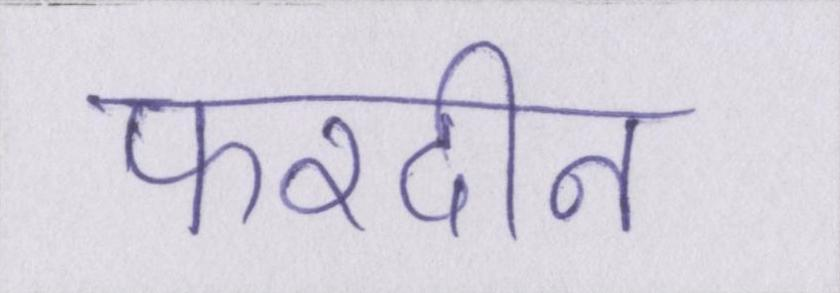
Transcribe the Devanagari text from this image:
फरदीन